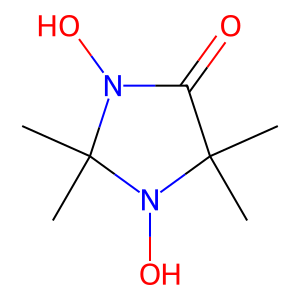
SMILES: CC1(C)C(=O)N(O)C(C)(C)N1O
Inhibits HIV replication: No